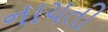
નાચતી